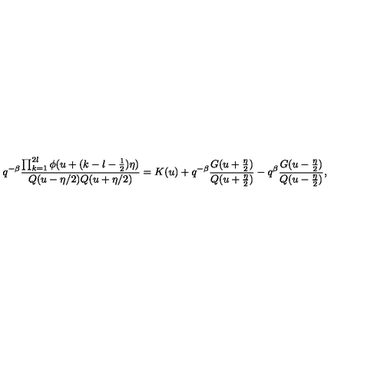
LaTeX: q ^ { - \beta } \frac { \prod _ { k = 1 } ^ { 2 l } \phi ( u + ( k - l - \frac 1 2 ) \eta ) } { Q ( u - \eta / 2 ) Q ( u + \eta / 2 ) } = K ( u ) + q ^ { - \beta } \frac { G ( u + \frac { \eta } { 2 } ) } { Q ( u + \frac { \eta } { 2 } ) } - q ^ { \beta } \frac { G ( u - \frac { \eta } { 2 } ) } { Q ( u - \frac { \eta } { 2 } ) } ,